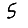
Digit: 5